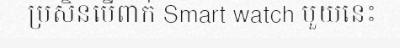
ប្រសិនបើពាក់ Smart watch មួយនេះ